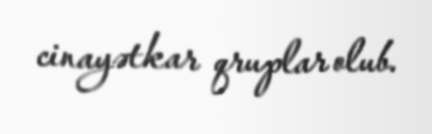
cinayətkar qruplar olub.